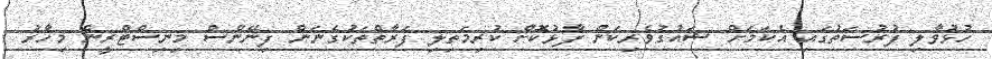
ހުޅުވާލި ފުރުސަތުގައި އެކަމަށް ޝައުގުވެރިކަން ފާޅުކޮށް ކުރިމަތިލި ފަރާތްތަކުގެނަން ފިނޭންސް މިނިސްޓްރީން މިހާރު